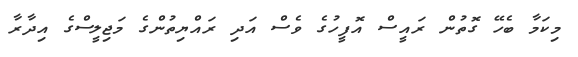
މިކަމާ ބެހޭ ގޮތުން ރައީސް އޮފީހުގެ ވެސް އަދި ރައްޔިތުންގެ މަޖިލީސްގެ އިދާރާ